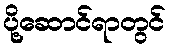
ပို့ဆောင်ရာတွင်